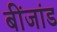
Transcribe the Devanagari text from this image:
बींजांड